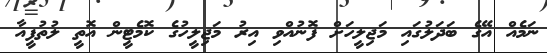
ނަމެއް އޭގެ ބަދަލުގައި މަޖިލީހަށް ފޮނުއްވި އިރު މަޖިލީހުގެ ކޮމެޓީން އޮތީ ލުތުފީއާ